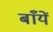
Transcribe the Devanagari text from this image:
बाँयें